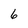
Character: 6